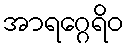
အာရဂ္ဂေရိဝ